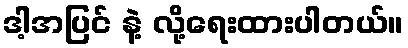
ဒါ့အပြင် နဲ့ လို့ရေးထားပါတယ်။